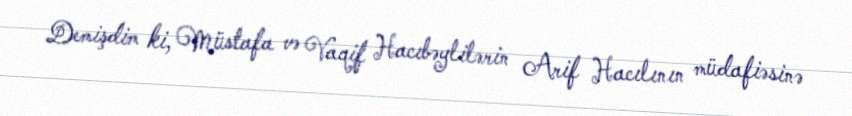
Demişdim ki, Müstafa və Vaqif Hacıbəylilərin Arif Hacılının müdafiəsinə